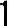
1